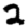
Digit: 2